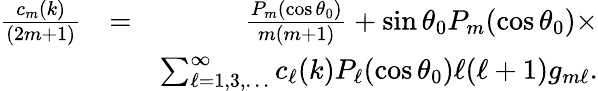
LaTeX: \begin{array}{rlr}{\frac{c_{m}(k)}{(2m+1)}}&{=}&{\frac{P_{m}(\cos\theta_{0})}{m(m+1)}+\sin\theta_{0}P_{m}(\cos\theta_{0})\times}\\ &{}&{\sum_{\ell=1,3,\ldots}^{\infty}c_{\ell}(k)P_{\ell}(\cos\theta_{0})\ell(\ell+1)g_{m\ell}.}\end{array}